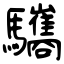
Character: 驨